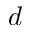
d